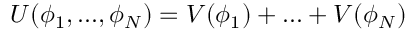
U ( \phi _ { 1 } , . . . , \phi _ { N } ) = V ( \phi _ { 1 } ) + . . . + V ( \phi _ { N } )